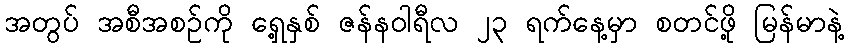
အတွပ် အစီအစဉ်ကို ရှေ့နှစ် ဇန်နဝါရီလ ၂၃ ရက်နေ့မှာ စတင်ဖို့ မြန်မာနဲ့